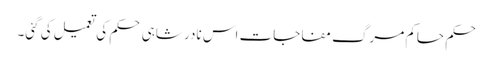
حکم حاکم مرگ مفاجات اس نادر شاہی حکم کی تعمیل کی گئی۔